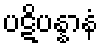
ပဋိပန္နာနံ